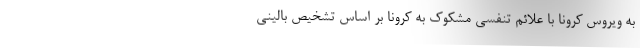
به ویروس کرونا با علائم تنفسی مشکوک به کرونا بر اساس تشخیص بالینی